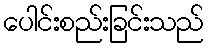
ပေါင်းစည်းခြင်းသည်